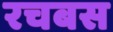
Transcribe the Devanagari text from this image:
रचबस